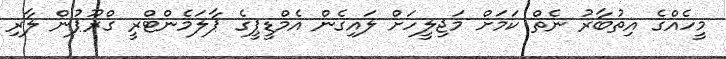
މީހެއްގެ އިތުބާރު ނެތް ކަމަށް މަޖިލީހަށް ލައިގެން އެމްޑީޕީގެ ޕާލަމެންޓްރީ ގްރޫޕުން ލާރި